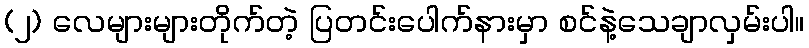
(၂) လေများများတိုက်တဲ့ ပြတင်းပေါက်နားမှာ စင်နဲ့သေချာလှမ်းပါ။